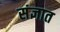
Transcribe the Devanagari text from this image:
संज्ञात